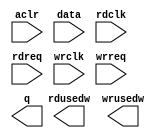
// megafunction wizard: %FIFO%VBB%
// GENERATION: STANDARD
// VERSION: WM1.0
// MODULE: dcfifo_mixed_widths 

// ============================================================
// Megafunction Name(s):
// 			dcfifo_mixed_widths
//
// Simulation Library Files(s):
// 			altera_mf
// ============================================================
// ************************************************************
// THIS IS A WIZARD-GENERATED FILE. DO NOT EDIT THIS FILE!
//
// 9.0 Build 132 02/25/2009 SJ Full Version
// ************************************************************

//Copyright (C) 1991-2009 Altera Corporation
//Your use of Altera Corporation's design tools, logic functions 
//and other software and tools, and its AMPP partner logic 
//functions, and any output files from any of the foregoing 
//(including device programming or simulation files), and any 
//associated documentation or information are expressly subject 
//to the terms and conditions of the Altera Program License 
//Subscription Agreement, Altera MegaCore Function License 
//Agreement, or other applicable license agreement, including, 
//without limitation, that your use is for the sole purpose of 
//programming logic devices manufactured by Altera and sold by 
//Altera or its authorized distributors.  Please refer to the 
//applicable agreement for further details.

module FIFO_SDRAM (
	aclr,
	data,
	rdclk,
	rdreq,
	wrclk,
	wrreq,
	q,
	rdusedw,
	wrusedw);

	input	  aclr;
	input	[63:0]  data;
	input	  rdclk;
	input	  rdreq;
	input	  wrclk;
	input	  wrreq;
	output	[15:0]  q;
	output	[14:0]  rdusedw;
	output	[12:0]  wrusedw;
`ifndef ALTERA_RESERVED_QIS
// synopsys translate_off
`endif
	tri0	  aclr;
`ifndef ALTERA_RESERVED_QIS
// synopsys translate_on
`endif

endmodule

// ============================================================
// CNX file retrieval info
// ============================================================
// Retrieval info: PRIVATE: AlmostEmpty NUMERIC "0"
// Retrieval info: PRIVATE: AlmostEmptyThr NUMERIC "-1"
// Retrieval info: PRIVATE: AlmostFull NUMERIC "0"
// Retrieval info: PRIVATE: AlmostFullThr NUMERIC "-1"
// Retrieval info: PRIVATE: CLOCKS_ARE_SYNCHRONIZED NUMERIC "0"
// Retrieval info: PRIVATE: Clock NUMERIC "4"
// Retrieval info: PRIVATE: Depth NUMERIC "4096"
// Retrieval info: PRIVATE: Empty NUMERIC "1"
// Retrieval info: PRIVATE: Full NUMERIC "1"
// Retrieval info: PRIVATE: INTENDED_DEVICE_FAMILY STRING "Stratix II"
// Retrieval info: PRIVATE: LE_BasedFIFO NUMERIC "0"
// Retrieval info: PRIVATE: LegacyRREQ NUMERIC "0"
// Retrieval info: PRIVATE: MAX_DEPTH_BY_9 NUMERIC "0"
// Retrieval info: PRIVATE: OVERFLOW_CHECKING NUMERIC "0"
// Retrieval info: PRIVATE: Optimize NUMERIC "0"
// Retrieval info: PRIVATE: RAM_BLOCK_TYPE NUMERIC "2"
// Retrieval info: PRIVATE: SYNTH_WRAPPER_GEN_POSTFIX STRING "0"
// Retrieval info: PRIVATE: UNDERFLOW_CHECKING NUMERIC "0"
// Retrieval info: PRIVATE: UsedW NUMERIC "1"
// Retrieval info: PRIVATE: Width NUMERIC "64"
// Retrieval info: PRIVATE: dc_aclr NUMERIC "1"
// Retrieval info: PRIVATE: diff_widths NUMERIC "1"
// Retrieval info: PRIVATE: msb_usedw NUMERIC "1"
// Retrieval info: PRIVATE: output_width NUMERIC "16"
// Retrieval info: PRIVATE: rsEmpty NUMERIC "0"
// Retrieval info: PRIVATE: rsFull NUMERIC "0"
// Retrieval info: PRIVATE: rsUsedW NUMERIC "1"
// Retrieval info: PRIVATE: sc_aclr NUMERIC "0"
// Retrieval info: PRIVATE: sc_sclr NUMERIC "0"
// Retrieval info: PRIVATE: wsEmpty NUMERIC "0"
// Retrieval info: PRIVATE: wsFull NUMERIC "0"
// Retrieval info: PRIVATE: wsUsedW NUMERIC "1"
// Retrieval info: CONSTANT: ADD_USEDW_MSB_BIT STRING "ON"
// Retrieval info: CONSTANT: INTENDED_DEVICE_FAMILY STRING "Stratix II"
// Retrieval info: CONSTANT: LPM_HINT STRING "RAM_BLOCK_TYPE=M4K"
// Retrieval info: CONSTANT: LPM_NUMWORDS NUMERIC "4096"
// Retrieval info: CONSTANT: LPM_SHOWAHEAD STRING "ON"
// Retrieval info: CONSTANT: LPM_TYPE STRING "dcfifo"
// Retrieval info: CONSTANT: LPM_WIDTH NUMERIC "64"
// Retrieval info: CONSTANT: LPM_WIDTHU NUMERIC "13"
// Retrieval info: CONSTANT: LPM_WIDTHU_R NUMERIC "15"
// Retrieval info: CONSTANT: LPM_WIDTH_R NUMERIC "16"
// Retrieval info: CONSTANT: OVERFLOW_CHECKING STRING "ON"
// Retrieval info: CONSTANT: RDSYNC_DELAYPIPE NUMERIC "4"
// Retrieval info: CONSTANT: UNDERFLOW_CHECKING STRING "ON"
// Retrieval info: CONSTANT: USE_EAB STRING "ON"
// Retrieval info: CONSTANT: WRITE_ACLR_SYNCH STRING "OFF"
// Retrieval info: CONSTANT: WRSYNC_DELAYPIPE NUMERIC "4"
// Retrieval info: USED_PORT: aclr 0 0 0 0 INPUT GND aclr
// Retrieval info: USED_PORT: data 0 0 64 0 INPUT NODEFVAL data[63..0]
// Retrieval info: USED_PORT: q 0 0 16 0 OUTPUT NODEFVAL q[15..0]
// Retrieval info: USED_PORT: rdclk 0 0 0 0 INPUT NODEFVAL rdclk
// Retrieval info: USED_PORT: rdreq 0 0 0 0 INPUT NODEFVAL rdreq
// Retrieval info: USED_PORT: rdusedw 0 0 15 0 OUTPUT NODEFVAL rdusedw[14..0]
// Retrieval info: USED_PORT: wrclk 0 0 0 0 INPUT NODEFVAL wrclk
// Retrieval info: USED_PORT: wrreq 0 0 0 0 INPUT NODEFVAL wrreq
// Retrieval info: USED_PORT: wrusedw 0 0 13 0 OUTPUT NODEFVAL wrusedw[12..0]
// Retrieval info: CONNECT: @data 0 0 64 0 data 0 0 64 0
// Retrieval info: CONNECT: q 0 0 16 0 @q 0 0 16 0
// Retrieval info: CONNECT: @wrreq 0 0 0 0 wrreq 0 0 0 0
// Retrieval info: CONNECT: @rdreq 0 0 0 0 rdreq 0 0 0 0
// Retrieval info: CONNECT: @rdclk 0 0 0 0 rdclk 0 0 0 0
// Retrieval info: CONNECT: @wrclk 0 0 0 0 wrclk 0 0 0 0
// Retrieval info: CONNECT: rdusedw 0 0 15 0 @rdusedw 0 0 15 0
// Retrieval info: CONNECT: wrusedw 0 0 13 0 @wrusedw 0 0 13 0
// Retrieval info: CONNECT: @aclr 0 0 0 0 aclr 0 0 0 0
// Retrieval info: LIBRARY: altera_mf altera_mf.altera_mf_components.all
// Retrieval info: GEN_FILE: TYPE_NORMAL FIFO_SDRAM.v TRUE
// Retrieval info: GEN_FILE: TYPE_NORMAL FIFO_SDRAM.inc FALSE
// Retrieval info: GEN_FILE: TYPE_NORMAL FIFO_SDRAM.cmp FALSE
// Retrieval info: GEN_FILE: TYPE_NORMAL FIFO_SDRAM.bsf TRUE FALSE
// Retrieval info: GEN_FILE: TYPE_NORMAL FIFO_SDRAM_inst.v TRUE
// Retrieval info: GEN_FILE: TYPE_NORMAL FIFO_SDRAM_bb.v TRUE
// Retrieval info: GEN_FILE: TYPE_NORMAL FIFO_SDRAM_waveforms.html TRUE
// Retrieval info: GEN_FILE: TYPE_NORMAL FIFO_SDRAM_wave*.jpg FALSE
// Retrieval info: LIB_FILE: altera_mf